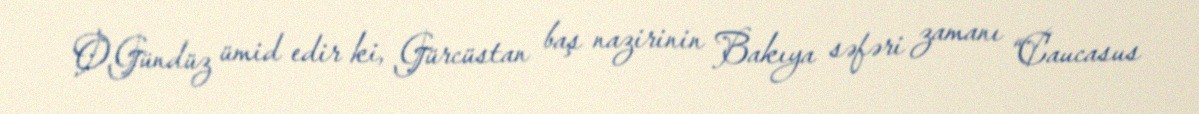
O.Gündüz ümid edir ki, Gürcüstan baş nazirinin Bakıya səfəri zamanı “Caucasus